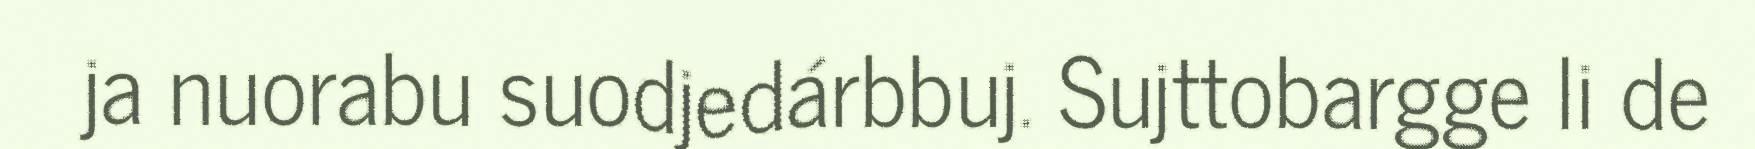
ja nuorabu suodjedárbbuj. Sujttobargge li de